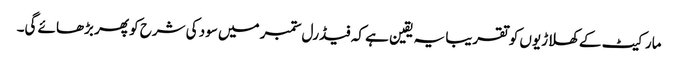
مارکیٹ کے کھلاڑیوں کو تقریبا یہ یقین ہے کہ فیڈرل ستمبر میں سود کی شرح کو پھر بڑھائے گی۔